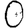
Digit: 0